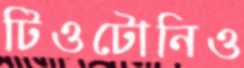
টিওটোনিও